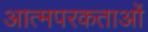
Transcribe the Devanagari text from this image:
आत्मपरकताओं